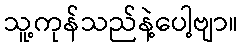
သူ့ကုန်သည်နဲ့ပေါ့ဗျာ။